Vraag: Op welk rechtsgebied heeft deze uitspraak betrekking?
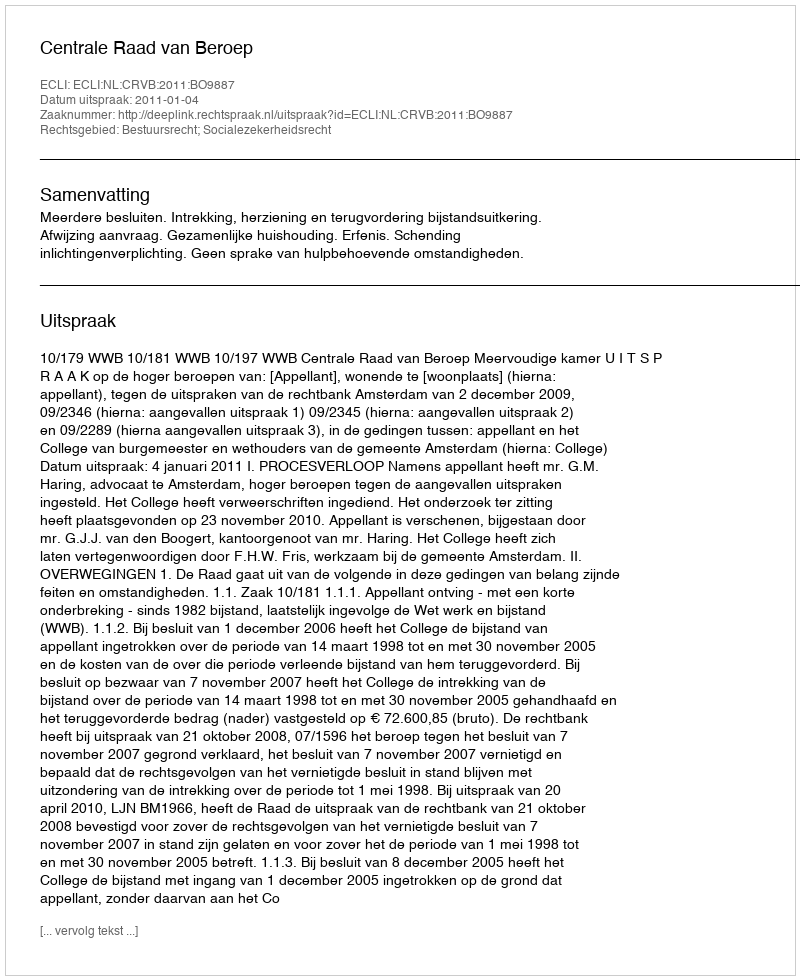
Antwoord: Bestuursrecht; Socialezekerheidsrecht